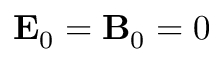
\mathbf { E } _ { 0 } = \mathbf { B } _ { 0 } = 0